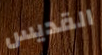
القديس